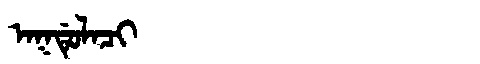
Manchu: ᠠᡴᡩᡠᠯᠠᠴᡳ
Romanization: AKDULACI